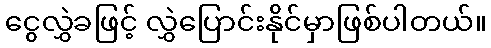
ငွေလွှဲခဖြင့် လွှဲပြောင်းနိုင်မှာဖြစ်ပါတယ်။